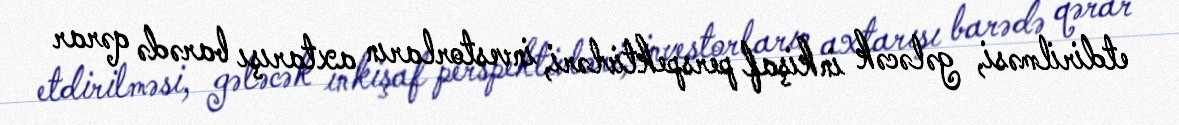
etdirilməsi, gələcək inkişaf perspektivləri, investorların axtarışı barədə qərar